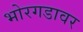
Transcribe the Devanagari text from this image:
भोरगडावर